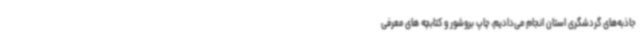
جاذبه‌های گردشگری استان انجام می‌دادیم، چاپ بروشور و کتابچه های معرفی